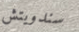
سندويتش